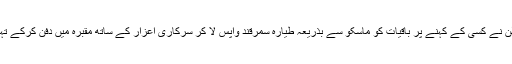
تین سال کے بعد اسٹالن نے کسی کے کہنے پر باقیات کو ماسکو سے بذریعہ طیارہ سمرقند واپس لا کر سرکاری اعزار کے ساتھ مقبرہ میں دفن کرکے تہہ خانہ کو سیل کردیا۔